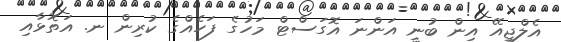
އެލްޖީއޭ އިން ބުނީ އަންނަ އޮގަސްޓް މަހުގެ ފަހެއްގެ ކުރިން ނ. އަތޮޅާއި